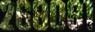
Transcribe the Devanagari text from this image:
२६८०८१